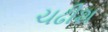
ચઢીશ